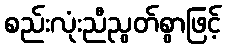
စည်းလုံးညီညွတ်စွာဖြင့်